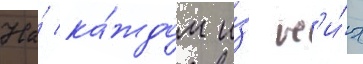
На́ ка́ждом и́з н'и́х